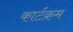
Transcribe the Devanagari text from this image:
कार्टक्रम